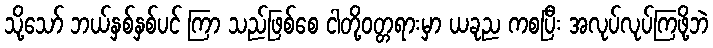
သို့သော် ဘယ်နှစ်နှစ်ပင် ကြာ သည်ဖြစ်စေ ငါတို့ဝတ္တရားမှာ ယခုည ကစပြီး အလုပ်လုပ်ကြဖို့ဘဲ